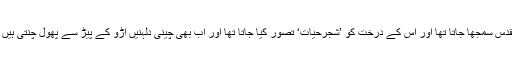
اس عہد میں آڑو کو چین میں مقدس سمجھا جاتا تھا اور اس کے درخت کو ’شجرِحیات‘ تصور کیا جاتا تھا اور اب بھی چینی دلہنیں آڑو کے پیڑ سے پھول چنتی ہیں تاکہ ان کے نصیب کھل سکیں۔